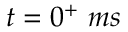
t = 0 ^ { + } ~ m s